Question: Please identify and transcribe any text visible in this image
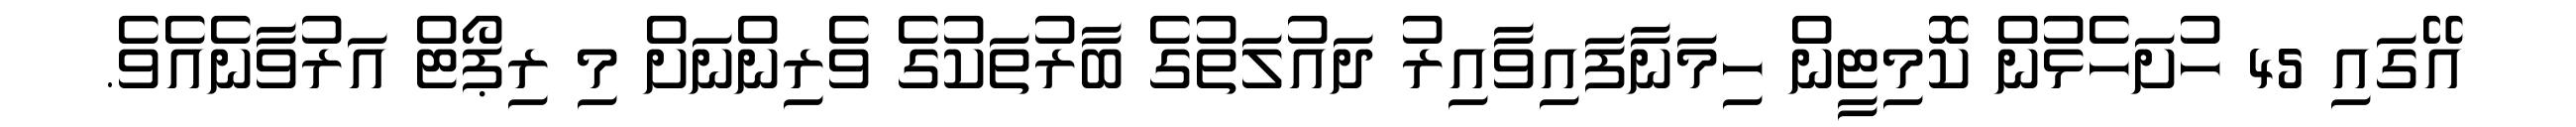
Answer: އޭގައި 45 ހުށަހެޅުން ކޮމިޓީން ހިމަނާފައިވާއިރު ދައުލަތުގެ ބާރުތަކުގެ ވެރިންނަށް މި ރިޕޯޓް އަރުވާނެއެވެ.